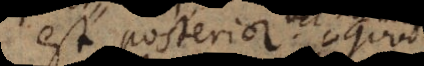
est posterior. Quod